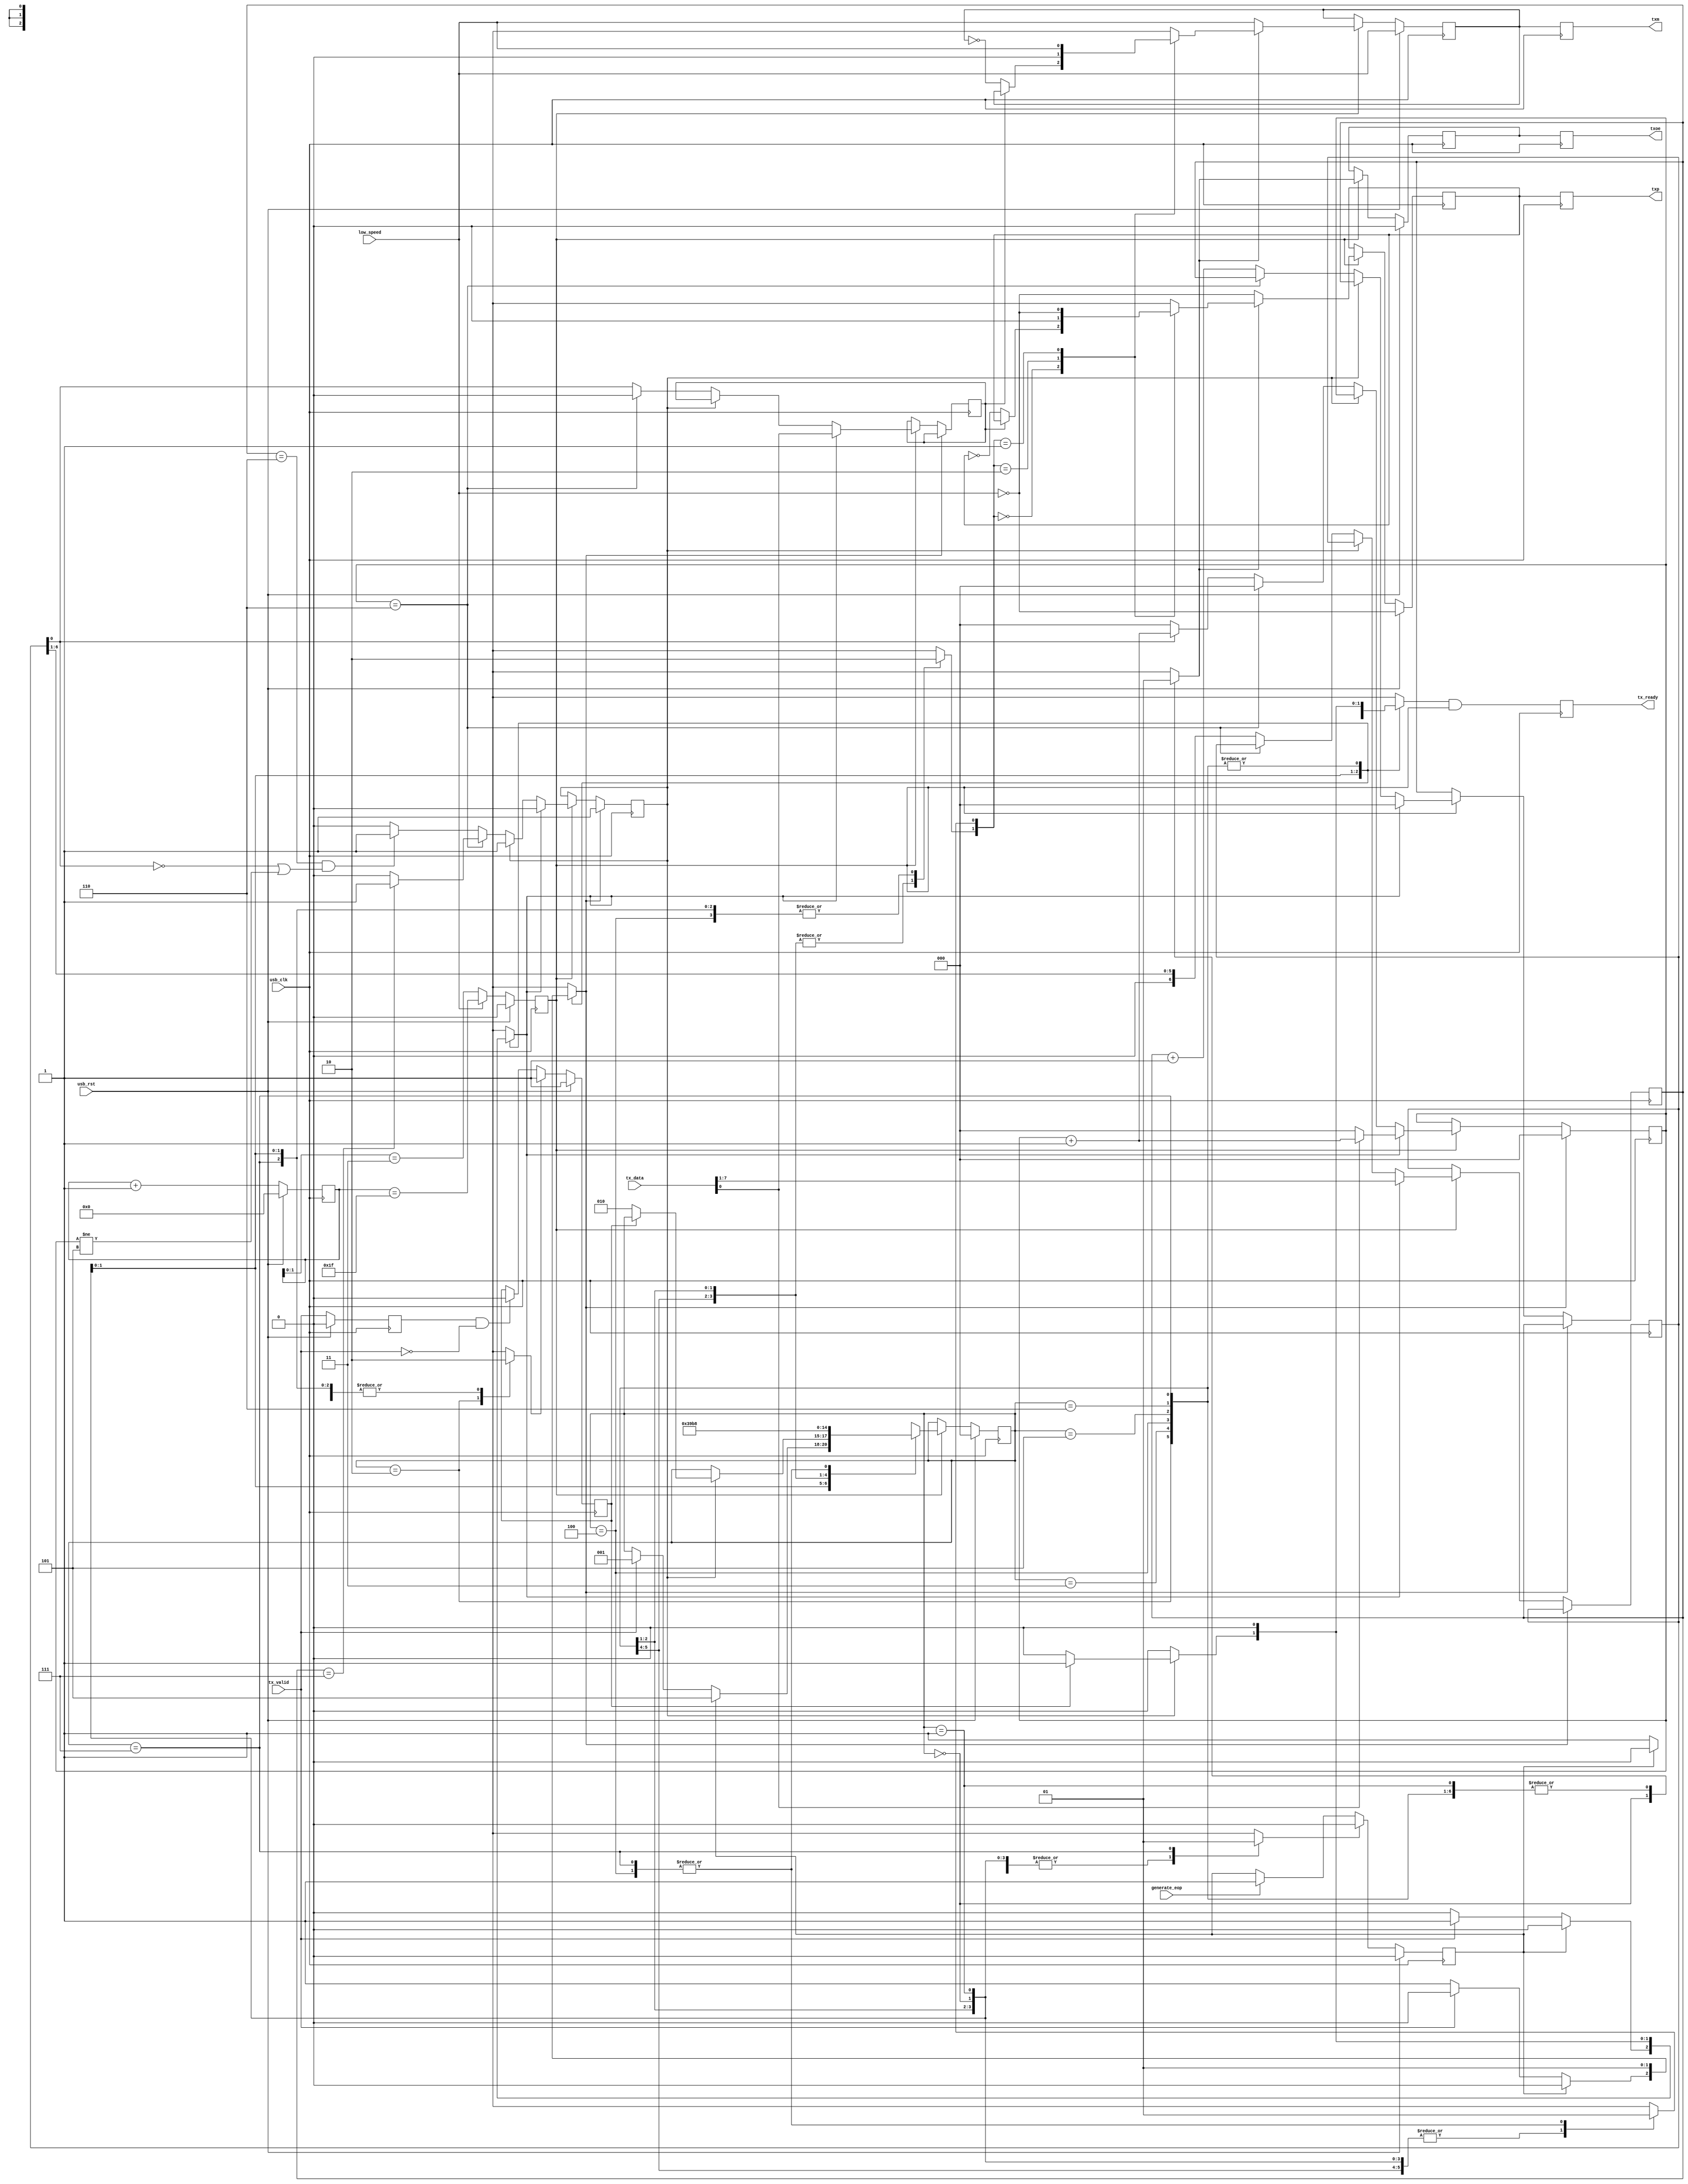
module softusb_tx(
	input usb_clk,
	input usb_rst,

	input [7:0] tx_data,
	input tx_valid,
	output reg tx_ready,

	output reg txp,
	output reg txm,
	output reg txoe,

	input low_speed,
	input generate_eop
);

/* Register outputs */
reg txp_r;
reg txm_r;
reg txoe_r;
always @(posedge usb_clk) begin
	txp <= txp_r;
	txm <= txm_r;
	txoe <= txoe_r;
end

/* Clock 'divider' */
reg gce; /* global clock enable */
reg [4:0] gce_counter;
always @(posedge usb_clk) begin
	if(usb_rst) begin
		gce <= 1'b0;
		gce_counter <= 5'd0;
	end else begin
		gce <= low_speed ? (gce_counter == 5'd31) : (gce_counter[1:0] == 2'd3);
		gce_counter <= gce_counter + 5'd1;
	end
end

/* Shift register w/bit stuffing */
reg sr_rst;
reg sr_load;
reg sr_done;
reg sr_out;
reg [2:0] bitcount;
reg [2:0] onecount;
reg [6:0] sr;
always @(posedge usb_clk) begin
	if(sr_rst) begin
		sr_done <= 1'b1;
		onecount <= 3'd0;
	end else if(gce) begin
		if(sr_load) begin
			sr_done <= 1'b0;
			sr_out <= tx_data[0];
			bitcount <= 3'd0;
			if(tx_data[0])
				onecount <= onecount + 3'd1;
			else
				onecount <= 3'd0;
			sr <= tx_data[7:1];
		end else if(~sr_done) begin
			if(onecount == 3'd6) begin
				onecount <= 3'd0;
				sr_out <= 1'b0;
				if(bitcount == 3'd7)
					sr_done <= 1'b1;
			end else begin
				sr_out <= sr[0];
				if(sr[0])
					onecount <= onecount + 3'd1;
				else
					onecount <= 3'd0;
				bitcount <= bitcount + 3'd1;
				if((bitcount == 3'd6) & (~sr[0] | (onecount != 3'd5)))
					sr_done <= 1'b1;
				sr <= {1'b0, sr[6:1]};
			end
		end
	end
end

/* Output generation */
reg txoe_ctl;
reg generate_se0;
reg generate_j;

always @(posedge usb_clk) begin
	if(usb_rst) begin
		txoe_r <= 1'b0;
		txp_r <= ~low_speed;
		txm_r <= low_speed;
	end else if(gce) begin
		if(~txoe_ctl) begin
			txp_r <= ~low_speed; /* return to J */
			txm_r <= low_speed;
		end else begin
			case({generate_se0, generate_j})
				2'b00: begin
					if(~sr_out) begin
						txp_r <= ~txp_r;
						txm_r <= ~txm_r;
					end
				end
				2'b10: begin
					txp_r <= 1'b0;
					txm_r <= 1'b0;
				end
				2'b01: begin
					txp_r <= ~low_speed;
					txm_r <= low_speed;
				end
				default: begin
					txp_r <= 1'bx;
					txm_r <= 1'bx;
				end
			endcase
		end
		txoe_r <= txoe_ctl;
	end
end

/* Sequencer */

parameter IDLE		= 3'd0;
parameter DATA		= 3'd1;
parameter EOP1		= 3'd2;
parameter EOP2		= 3'd3;
parameter J		= 3'd4;
parameter GEOP1		= 3'd5;
parameter GEOP2		= 3'd6;
parameter GJ		= 3'd7;

reg [2:0] state;
reg [2:0] next_state;

always @(posedge usb_clk) begin
	if(usb_rst)
		state <= IDLE;
	else if(gce)
		state <= next_state;
end

reg tx_ready0;
always @(posedge usb_clk)
	tx_ready <= tx_ready0 & gce;

reg tx_valid_r;
reg transmission_continue;
reg transmission_end_ack;
always @(posedge usb_clk) begin
	if(usb_rst) begin
		tx_valid_r <= 1'b0;
		transmission_continue <= 1'b1;
	end else begin
		tx_valid_r <= tx_valid;
		if(tx_valid_r & ~tx_valid)
			transmission_continue <= 1'b0;
		if(transmission_end_ack)
			transmission_continue <= 1'b1;
	end
end

reg generate_eop_pending;
reg generate_eop_clear;
always @(posedge usb_clk) begin
	if(usb_rst)
		generate_eop_pending <= 1'b0;
	else begin
		if(generate_eop)
			generate_eop_pending <= 1'b1;
		if(generate_eop_clear)
			generate_eop_pending <= 1'b0;
	end
end

always @(*) begin
	txoe_ctl = 1'b0;
	sr_rst = 1'b0;
	sr_load = 1'b0;
	generate_se0 = 1'b0;
	generate_j = 1'b0;
	tx_ready0 = 1'b0;
	transmission_end_ack = 1'b0;
	generate_eop_clear = 1'b0;

	next_state = state;

	case(state)
		IDLE: begin
			txoe_ctl = 1'b0;
			if(generate_eop_pending)
				next_state = GEOP1;
			else begin
				if(tx_valid) begin
					sr_load = 1'b1;
					next_state = DATA;
				end else
					sr_rst = 1'b1;
				tx_ready0 = 1'b1;
			end
		end
		DATA: begin
			txoe_ctl = 1'b1;
			if(sr_done) begin
				if(transmission_continue) begin
					sr_load = 1'b1;
					tx_ready0 = 1'b1;
				end else
					next_state = EOP1;
			end
		end
		EOP1: begin
			transmission_end_ack = 1'b1;
			sr_rst = 1'b1;
			txoe_ctl = 1'b1;
			generate_se0 = 1'b1;
			next_state = EOP2;
		end
		EOP2: begin
			sr_rst = 1'b1;
			txoe_ctl = 1'b1;
			generate_se0 = 1'b1;
			next_state = J;
		end
		J: begin
			sr_rst = 1'b1;
			txoe_ctl = 1'b1;
			generate_j = 1'b1;
			next_state = IDLE;
		end
		GEOP1: begin
			sr_rst = 1'b1;
			txoe_ctl = 1'b1;
			generate_se0 = 1'b1;
			next_state = GEOP2;
		end
		GEOP2: begin
			sr_rst = 1'b1;
			txoe_ctl = 1'b1;
			generate_se0 = 1'b1;
			next_state = GJ;
		end
		GJ: begin
			generate_eop_clear = 1'b1;
			sr_rst = 1'b1;
			txoe_ctl = 1'b1;
			generate_j = 1'b1;
			next_state = IDLE;
		end
	endcase
end

endmodule